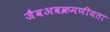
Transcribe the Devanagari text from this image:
जैवअवक्रमणीयता